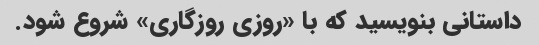
داستانی بنویسید که با «روزی روزگاری» شروع شود.